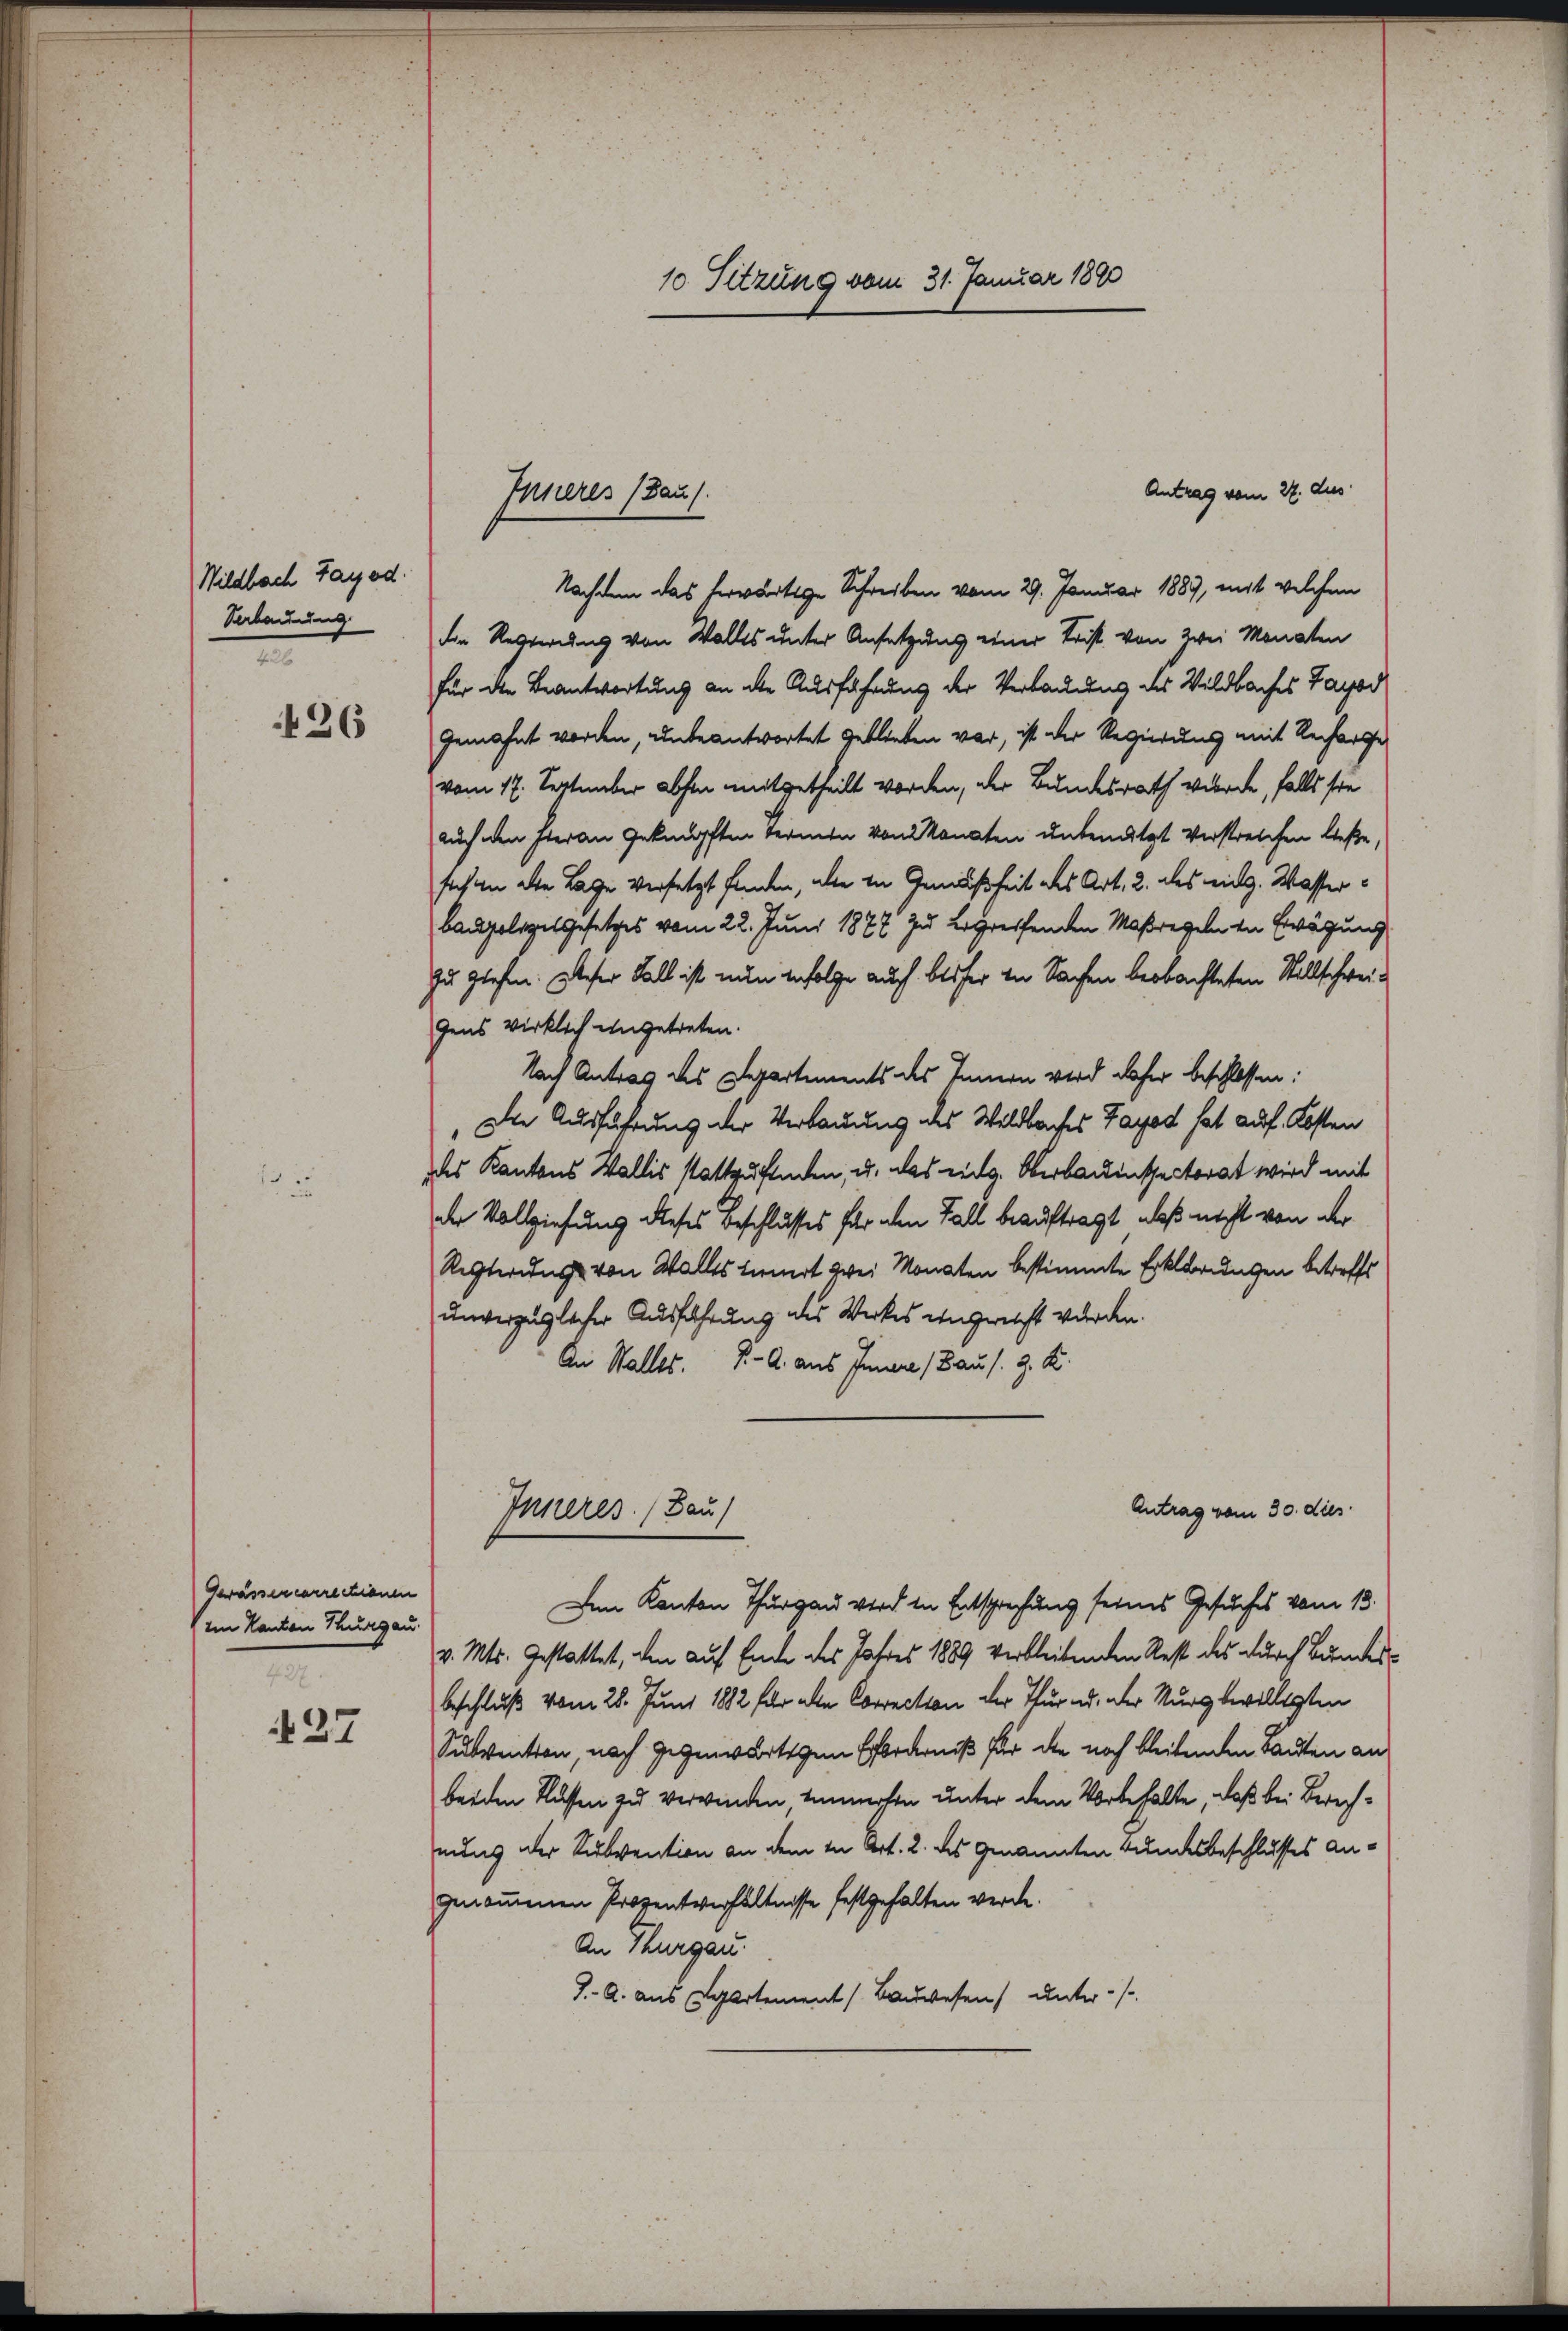
Wildbach Tag od.
Sabendung
e

426

Gewässercarrechienen
im Kanton Thurgau.
427

27

Antrag vom 22. dus
Nachdem das herwärtige Schreiben vom 29. Januar 1889, mit welchen
die Regierung von Walles unter Ansetzung einer Frist von zwei Monaten
für die Beantwortung an die Ausführung der Verladung des Wildbaches Jagod
Gemahnt werden, unbeantwortet geblieben war, ist der Regierung mit Recharfe
vom 17. September abhin mitgetheilt worden, der Bundesrath wurde, falls sie
auch den hieran geknüpften termen von Monaten unbenützt verstreichen ließe,
sich an die Lage versetzt finden, alle in Gemäßheit des Art. 2. des eidg. Wasserbaupolizelgesetzes vom 22. Juni 1877 zu ergreifenden Maßregeln in Erwägung
Zu glehen. Dieser Fall ist nun infolge auch bisher in Sachen beobachteten Stillschweigens wirklich angetreten.
Nach Antrag des Departements des Innern wird daher beschlossen:
Die Ausführung der Verbauung des Wildbaches Tages hat auf Kosten
des Kantons Wallis stattufenden, u. das eidg. Oberbauinspectorat wird mit
der Vollziehung dieses Beschlusses für den Fall beauftragt, daß nicht von der
Rechterung von Walles tiert zwei Monaten bestimmte Erklärungen betreffs
unverzüglicher Ausführung des Werkes ungereicht wurden.
An Stalles. v. a. aus Innere Bau s. z. K.
Antrag vom 30. dies
Inneres. (Bau)
Dem Kanton Thurgau wird in Entsprechung seines Gesuches vom 13.
v. Mts. Gestattet, den auf Ende des Jahres 1889 verbleibenden Rest des durch Bundesbeschluß vom 28. Juni 1882 für alle Correction der Thur ad der Nurgbewilligten
Subvention, nach gegenwärtigen Erforderniß für die noch bleibenden Bauten an
beiden Flussen zu verwinden tummerten unter dem Vorbehalte, daß bei Berechnung der Subvention an dem in Art. 2. des genannten Bundesbeschlusses angenommenen Prozentverhältnisse festgehalten werde.
An Thurgau
J. A. aus Spartement Bauwesen unter-

Inneres (Haus.

10. Sitzung vom 31. Januar 1890